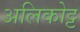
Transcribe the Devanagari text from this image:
अलिकोट्ट